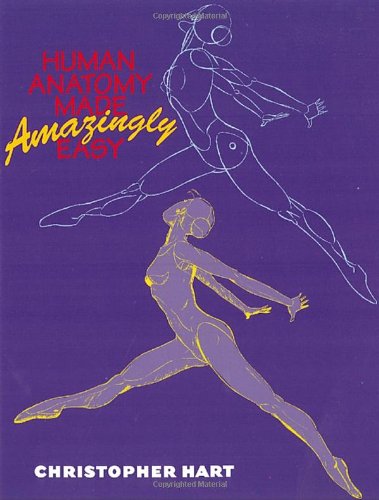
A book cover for Human Anatomy Made Amazingly Easy; Christopher Hart; Arts & Photography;